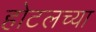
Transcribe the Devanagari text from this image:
होटलच्या